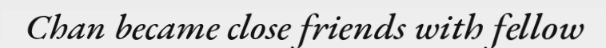
Chan became close friends with fellow